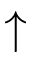
\uparrow